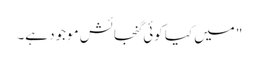
" میں کیا کوئی گنجائش موجود ہے۔